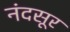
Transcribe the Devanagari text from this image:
नंदसूर